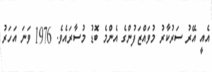
އެއީ އޭރު ސަރުކާރު މުވައްޒަފުންގެ އެންމެ ބޮޑު މުސާރައެވެ. 1976 ވަނަ އަހަރު